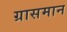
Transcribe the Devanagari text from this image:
ग्रासमान